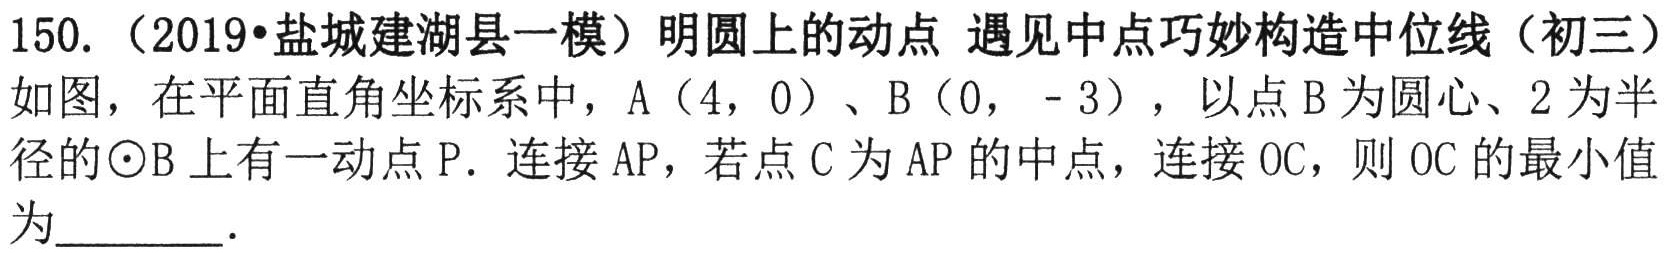
150.（2019•盐城建湖县一模）明圆上的动点 遇见中点巧妙构造中位线（初三）

如图，在平面直角坐标系中，A（4，0）、B（0，- 3），以点B为圆心、2为半径的\(\odot B\)上有一动点P．连接AP，若点C为AP的中点，连接OC，则OC的最小值为________．